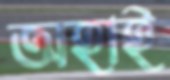
অহাই